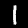
Label: 1